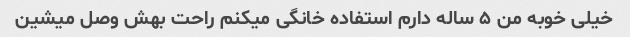
خیلی خوبه من ۵ ساله دارم استفاده خانگی میکنم راحت بهش وصل میشین